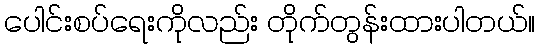
ပေါင်းစပ်ရေးကိုလည်း တိုက်တွန်းထားပါတယ်။